EELK_Kaarma_kogudus, lk 89
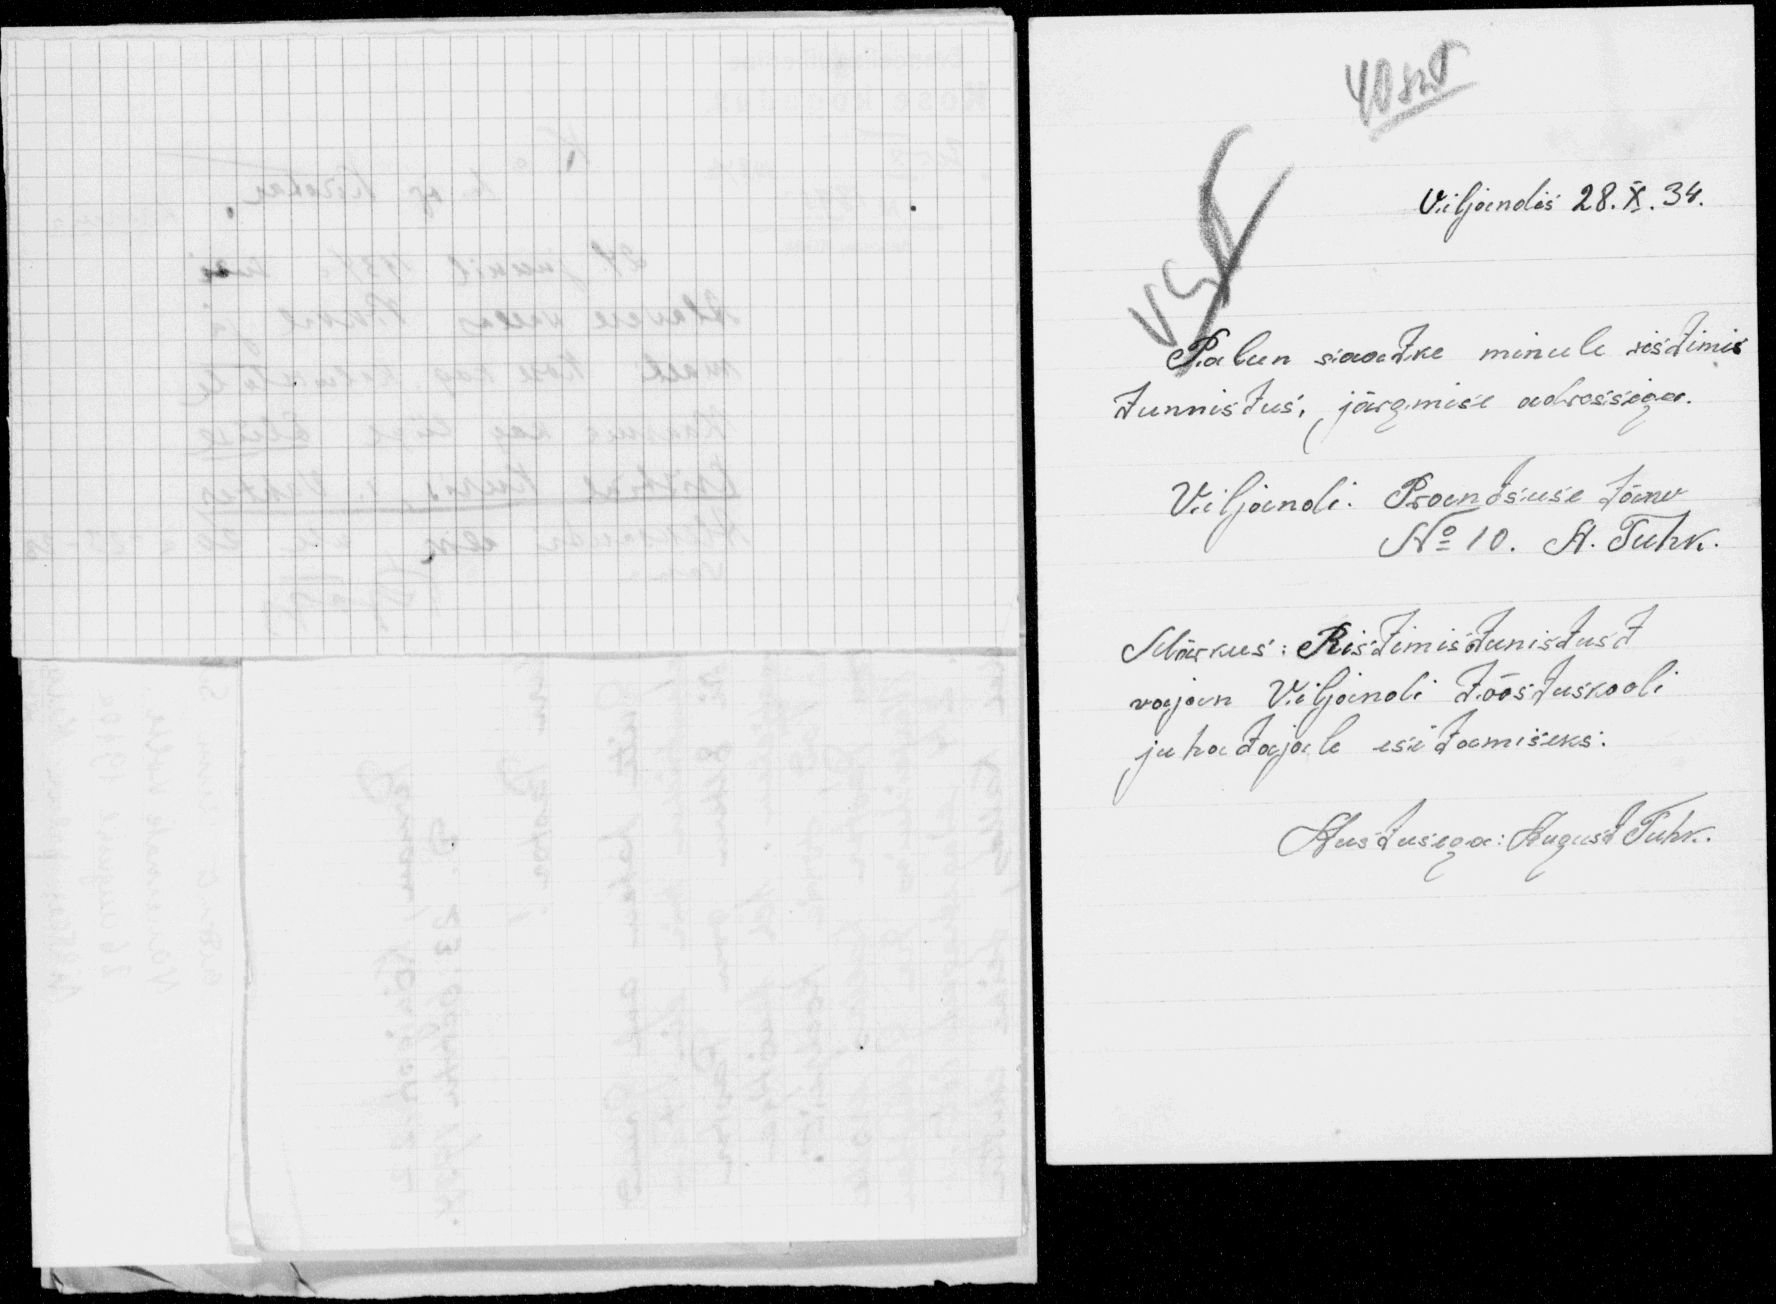
40 snt
Viljandis 28.X.34.
Palun siaatke minule ristimis
Tunnistus, järgmise adressiga.
Viljandi Prandsuse Tänv
No 10. A. Tuhk.
Märkus: Ristimistunistust
vajan Viljandi Tööstuskooli
juhatajale esitamiseks.
Austusega: August Tuhk.